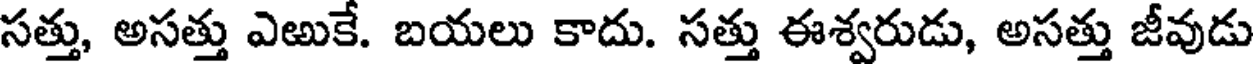
సత్తు, అసత్తు ఎఱుకే. బయలు కాదు. సత్తు ఈశ్వరుడు, అసత్తు జీవుడు